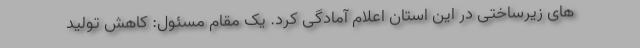
های زیرساختی در این استان اعلام آمادگی کرد. یک مقام مسئول: کاهش تولید